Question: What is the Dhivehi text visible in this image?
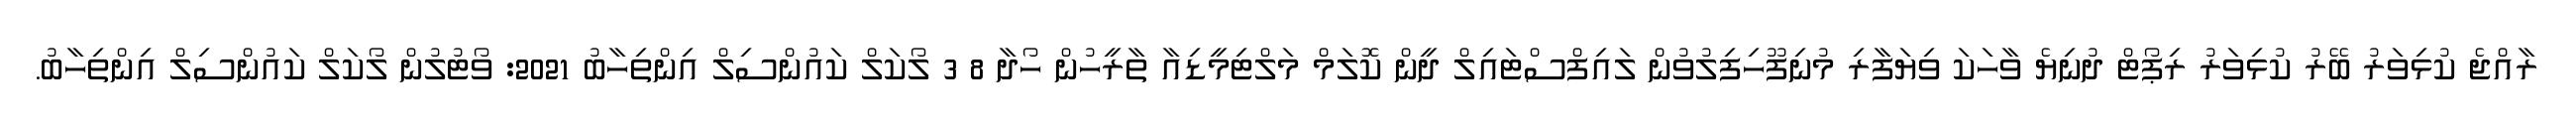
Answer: ރާއްޖެ ކުޅިވަރު ބޭރު ކުޅިވަރު ރިޕޯޓް ދުނިޔެ ވާހަކަ ވިޔަފާރި މުނިފޫހިފިލުވުން ލައިފްސްޓައިލް ދީން ކޮލަމް މަލްޓިމީޑިއާ ތާރީހުން ހޯދާ 8 3 ލޯކަލް ކައުންސިލް އިންތިހާބު 2021: ވޯޓުލުން ލޯކަލް ކައުންސިލް އިންތިހާބު.